Lunatic asylums Bombay report 1891-1903 - 1891-1903
Year: 1891
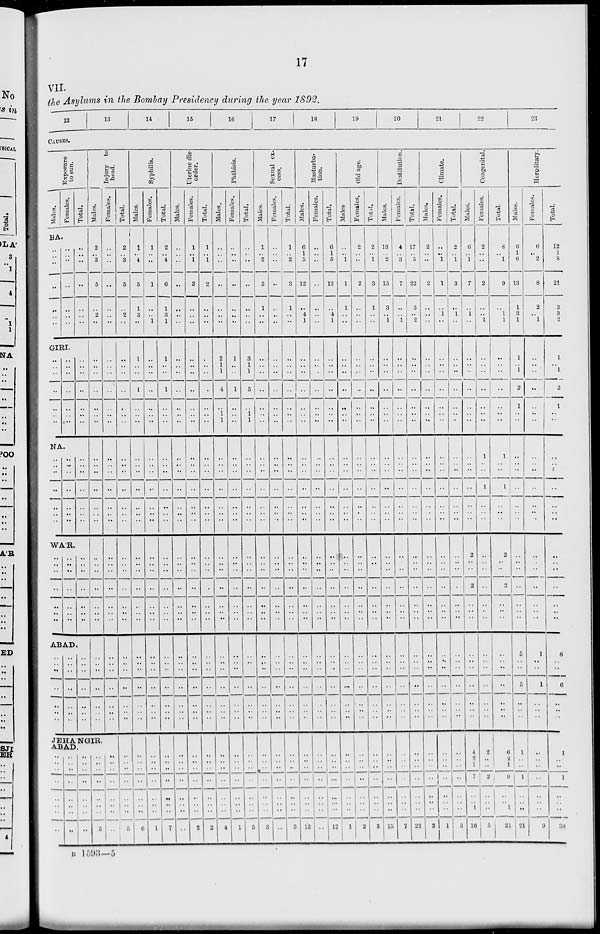
17
VII.
the Asylums in the Bombay Presidency during the year 1892.
12
13
14
15
16
17
18
19
20
21
22
23
CAUSES.
Exposure
to sun.
Males.
Females.
Total.
BA.
..
..
..
..
..
..
..
..
..
..
..
..
..
..
..
..
..
..
..
..
..
GIRI.
..
..
..
..
..
..
..
..
..
..
..
..
..
..
..
..
..
..
..
..
..
NA.
..
..
..
..
..
..
..
..
..
..
WAR.
..
..
..
..
..
..
..
..
..
..
..
..
..
..
..
..
..
..
..
..
..
..
..
ABAD.
..
..
..
..
..
..
..
..
..
..
..
..
..
..
..
..
..
..
Injury
head.
Males.
2
..
3
5
.. 2
..
..
..
..
..
..
..
..
..
..
..
..
..
..
..
..
..
..
..
..
..
..
..
..
..
JEHÁNGIR,
ABAD.
..
..
..
..
..
..
..
..
..
..
..
..
..
..
..
..
..
..
..
..
..
..
..
..
..
..
..
5
Females.
..
..
..
..
..
..
..
..
..
..
..
..
..
..
..
..
..
..
..
..
..
..
..
..
..
..
..
..
..
..
..
..
..
..
..
..
..
..
Total.
2
..
3
5
.. 2
..
..
..
..
..
..
..
..
..
..
..
..
..
..
..
..
..
..
..
..
..
..
..
..
..
..
..
..
..
..
..
5
Syphilis.
Males.
1
..
4
5
1
3
..
1
..
..
1
..
..
..
..
..
..
..
..
..
..
..
..
..
..
..
..
..
..
..
..
..
..
..
..
..
..
6
Females.
1
..
..
1
..
.. 1
..
..
..
..
..
..
..
..
..
..
..
..
..
..
..
..
..
..
..
..
..
..
..
..
..
..
..
..
..
..
1
Total.
2
..
4
6
1
..
1
1
..
..
1
..
..
..
..
..
..
..
..
..
..
..
..
..
..
..
..
..
..
..
..
..
..
..
..
..
..
7
Uterine disorder.
Males.
..
..
..
..
..
..
..
..
..
..
..
..
..
..
..
..
..
..
..
..
..
..
..
..
..
..
..
..
..
..
..
..
..
..
..
..
..
..
Females.
1
..
1
2
..
..
..
..
..
..
..
..
..
..
..
..
..
..
..
..
..
..
..
..
..
..
..
..
..
..
..
..
..
..
..
..
..
2
Total.
1
..
1
2
..
..
..
..
..
..
..
..
..
..
..
..
..
..
..
..
..
..
..
..
..
..
..
..
..
..
..
..
..
..
..
..
..
2
Phthisis.
Males.
..
..
..
..
..
..
..
2
1
..
4
..
1
1
..
..
..
..
..
..
..
..
..
..
..
..
..
..
..
..
..
..
..
..
..
..
..
4
Females.
..
..
..
..
..
..
..
1
..
..
1
..
..
..
..
..
..
..
..
..
..
..
..
..
..
..
..
..
..
..
..
..
..
..
..
..
..
..
Total.
..
..
..
..
..
..
..
3
1
..
5
..
1
1
..
..
..
..
..
..
..
..
..
..
..
..
..
..
..
..
..
..
..
..
..
..
..
5
Sexual excess.
Males.
1
..
2
3
1
..
..
..
..
..
..
..
..
..
..
..
..
..
..
..
..
..
..
..
..
..
..
..
..
..
..
..
..
..
..
..
..
3
Females.
..
..
..
..
..
..
..
..
..
..
..
..
..
..
..
..
..
..
..
..
..
..
..
..
..
..
..
..
..
..
..
..
..
..
..
..
..
..
Total.
1
..
2
3
1
..
..
..
..
..
..
..
..
..
..
..
..
..
..
..
..
..
..
..
..
..
..
..
..
..
..
..
..
..
..
..
..
3
Masturba-
tion.
Males.
6
1
5
12
..
4
1
..
..
..
..
..
..
..
..
..
..
..
..
..
..
..
..
..
..
..
..
..
..
..
..
..
..
..
..
..
..
12
Females.
..
..
..
..
..
..
..
..
..
..
..
..
..
..
..
..
..
..
..
..
..
..
..
..
..
..
..
..
..
..
..
..
..
..
..
..
..
..
Total.
6
1
5
12
..
4 1
..
..
..
..
..
..
..
..
..
..
..
..
..
..
..
..
..
..
..
..
..
..
..
..
..
..
..
..
..
..
12
Old age.
Males.
..
..
1
1
1
..
..
..
..
..
..
..
..
..
..
..
..
..
..
..
..
..
..
..
..
..
..
..
..
..
..
..
..
..
..
..
..
1
Females.
2
..
..
2
..
..
..
..
..
..
..
..
..
..
..
..
..
..
..
..
..
..
..
..
..
..
..
..
..
..
..
..
..
..
..
..
..
2
Total.
2
..
1
3
1
..
..
..
..
..
..
..
..
..
..
..
..
..
..
..
..
..
..
..
..
..
..
..
..
..
..
..
..
..
..
..
..
3
Destitution.
Males.
13
..
2
15
3
..
1
..
..
..
..
..
..
..
..
..
..
..
..
..
..
..
..
..
..
..
..
..
..
..
..
..
..
..
..
..
..
15
Females.
4
..
3
7
..
.. 1
..
..
..
..
..
..
..
..
..
..
..
..
..
..
..
..
..
..
..
..
..
..
..
..
..
..
..
..
..
..
7
Total.
17
..
5
22
3
.. 2
..
..
..
..
..
..
..
..
..
..
..
..
..
..
..
..
..
..
..
..
..
..
..
..
..
..
..
..
..
..
22
Climate.
Males.
2
..
..
2
..
..
..
..
..
..
..
..
..
..
..
..
..
..
..
..
..
..
..
..
..
..
..
..
..
..
..
..
..
..
..
..
..
2
Females.
..
..
1
1
..
1
..
..
..
..
..
..
..
..
..
..
..
..
..
..
..
..
..
..
..
..
..
..
..
..
..
..
..
..
..
..
..
1
Total.
2
..
1
3
..
1
..
..
..
..
..
..
..
..
..
..
..
..
..
..
..
..
..
..
..
..
..
..
..
..
..
..
..
..
..
..
..
3
Congenital.
Males.
6
..
1
7
..
1
..
..
..
..
..
..
..
..
..
..
..
..
..
2
..
..
2
..
..
..
..
..
..
..
..
4
..
1
7
..
1
16
Females.
2
..
..
2
..
..
1
..
..
..
..
..
..
..
1
..
..
1
..
..
..
..
..
..
..
..
..
..
..
..
..
2
..
..
2
..
..
5
Total.
8
..
1
9
..
1
1
..
..
..
..
..
..
..
1
..
..
1
..
2
..
..
2
..
..
..
..
..
..
..
..
6
2
1
9
..
..
21
Hereditary.
Males.
6
1
6
13
1
3
1
1
..
..
2
1
..
..
..
..
..
..
..
..
..
..
..
..
..
5
..
..
5
..
..
1
.. ..
1
..
..
21
Females.
6
..
2
8
2
..
1
..
..
..
..
..
..
..
..
..
..
..
..
..
..
..
..
..
..
1
..
..
1
..
..
..
..
..
..
..
..
9
Total.
12
1
8
21
3
3
2
1
..
..
2
1
..
..
..
..
..
..
..
..
..
..
..
..
..
6
..
..
6
..
..
1
..
..
1
..
..
30
B 1593—5